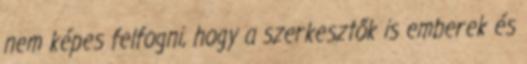
nem képes felfogni, hogy a szerkesztők is emberek és